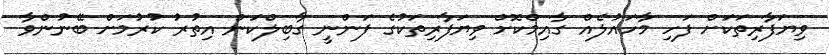
ވިޔަފާރިތަކަށް ފަހި މާހައުލެއް ގާއިމްކޮށް ވިޔަފާރިތަކުގެ ފަންނީ ގާބިލްކަން އިތުރު ކުރުމަށް ބޭނުންވާ